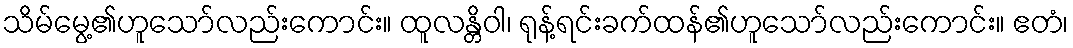
သိမ်မွေ့၏ဟူသော်လည်းကောင်း။ ထူလန္တိဝါ၊ ရုန့်ရင်းခက်ထန်၏ဟူသော်လည်းကောင်း။ ဧတံ၊